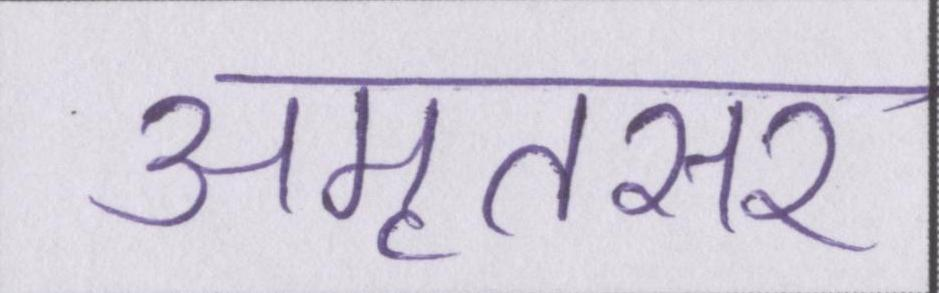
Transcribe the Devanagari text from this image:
अमृतसर